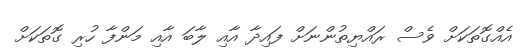
އެއްގޮތަކަށް ވެސް ރައްޔިތުންނަށް ފައިދާ އާއި ލާބަ އާއި މަންފާ ހުރި ގޮތަކަށް